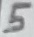
Text: 5